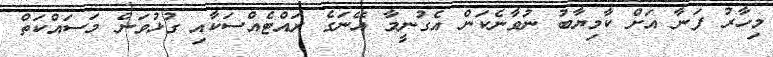
މިހާރު ފަނާ އަށް ކާމިޔާބު ނުވާނެކަން އެގުނީމާ އޭނަގެ ރައްޓެއްސަކާއި ގުޅުވަން މަސައްކަތް